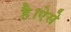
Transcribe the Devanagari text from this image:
है।ऐसे